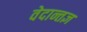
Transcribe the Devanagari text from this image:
वेदान्तज्ञ